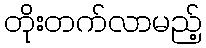
တိုးတက်လာမည့်